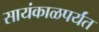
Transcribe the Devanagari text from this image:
सायंकाळपर्यंत